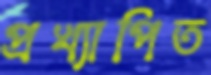
প্রখ্যাপিত